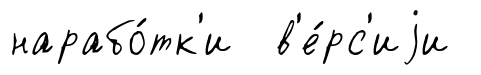
нарабо́тк'и в'е́рс'иjи